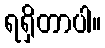
ရရှိတာပါ။